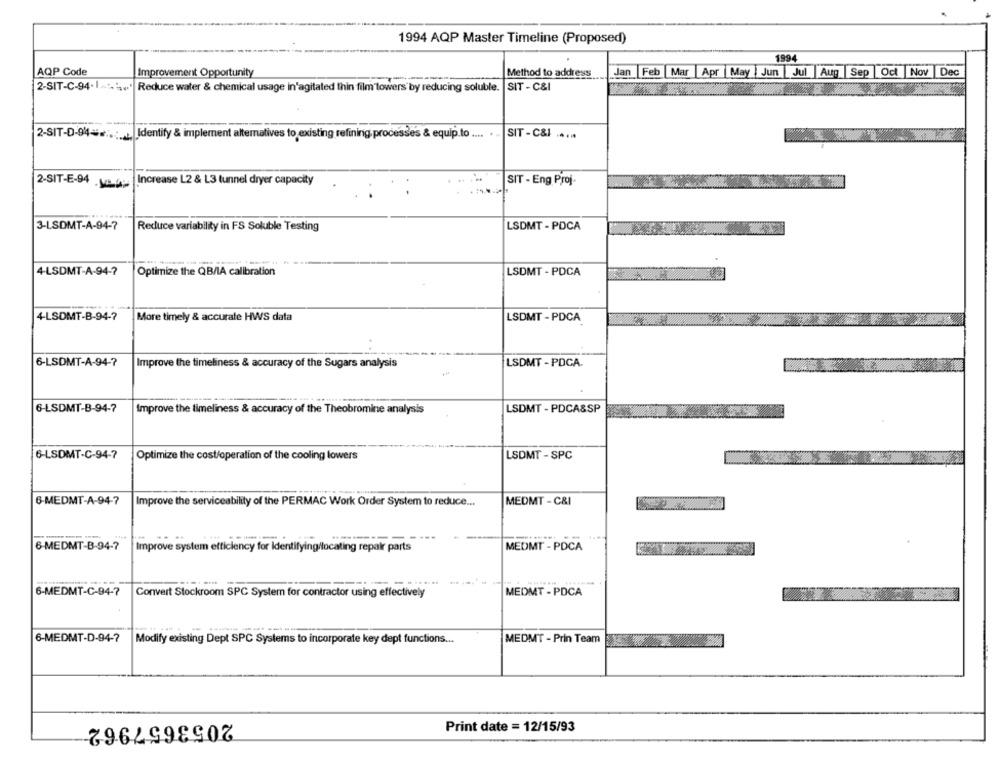
1994 AQP Master Timeline (Proposed)
1994
AQP Code
Improvement Opportunity
Method to address
Jan Feb
Mar |Apr |May | Jun Jul Aug Sep Oct Nov |Dec
2-SIT-C-94-1->w.
Reduce water & chemical usage in'agitated thin film'towers by reducing soluble.
SIT - C&I
2-SIT-D-94 =*:.:_
Identify & implement alternatives to existing refining, processes & equip.to .... . ..
SIT - C&I .....
2-SIT-E-94 .us_pu |Increase L2 & L3 tunnel dryer capacity
SIT - Eng Proj.
3-LSDMT-A-94-7
Reduce variability in FS Soluble Testing
LSDMT - PDCA
4-LSDMT-A-94-7
Optimize the QB/IA calibration
LSDMT - PDCA
4-LSDMT-B-94-7
More timely & accurate HWS data
LSDMT - PDCA
6-LSDMT-A-94-7
Improve the timeliness & accuracy of the Sugars analysis
LSDMT - PDCA.
6-LSDMT-B-94-7
Improve the timeliness & accuracy of the Theobromine analysis
LSDMT - PDCA&SP
6-LSDMT-C-94-7
Optimize the cost/operation of the cooling lowers
LSDMT - SPC
6-MEDMT-A-94-7
Improve the serviceability of the PERMAC Work Order System to reduce ...
MEDMT - C&I
6 MEDMT-B-94-7
Improve system efficiency for Identifying/locating repair parts
MEDMT - PDCA
6-MEDMT-C-94-7
Convert Stockroom SPC System for contractor using effectively
MEDMT - PDCA
6-MEDMT-D-94-7
Modify existing Dept SPC Systems to incorporate key dept functions ...
MEDMT - Prin Team
2053657962
Print date = 12/15/93